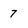
Character: 7